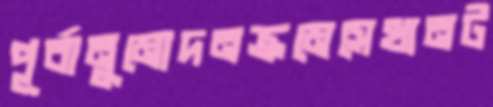
পূর্বানুমোদনক্রমেসেখানট